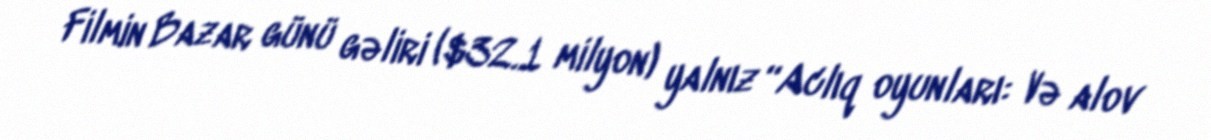
Filmin Bazar günü gəliri ($32.1 milyon) yalnız “Aclıq oyunları: Və alov